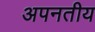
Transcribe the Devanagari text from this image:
अपनतीय